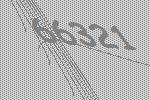
66321